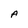
Character: A